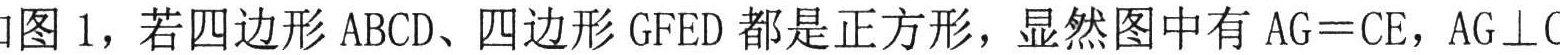
如图 1，若四边形 ABCD、四边形 GFED 都是正方形，显然图中有 \(AG = CE\)，\(AG\perp\)